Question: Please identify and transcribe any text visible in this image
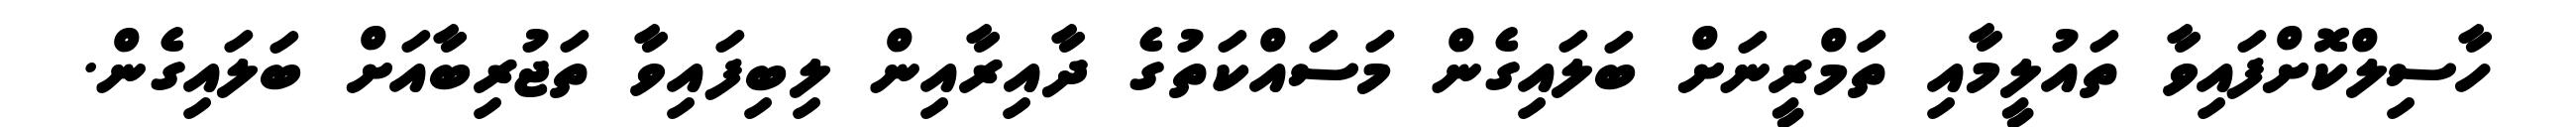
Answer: ހާސިލްކޮށްފައިވާ ތައުލީމާއި ތަމްރީނަށް ބަލައިގެން މަސައްކަތުގެ ދާއިރާއިން ލިބިފައިވާ ތަޖުރިބާއަށް ބަލައިގެން.